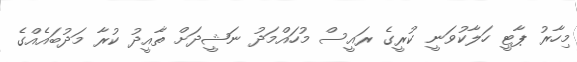
މިހާރު ޕާޓީ ހަލާކުވަނީ ކުރީގެ ރައީސް މުހައްމަދު ނަޝީދަށް ތާއީދު ކުރާ މަދުބައެއްގެ